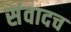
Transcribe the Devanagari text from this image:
संवादच